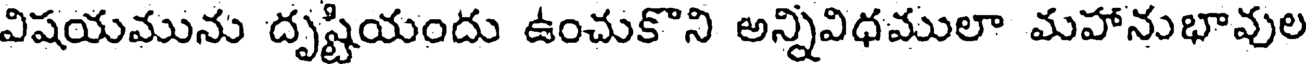
విషయమును దృష్టియందు ఉంచుకొని అన్నివిధములా మహానుభావుల